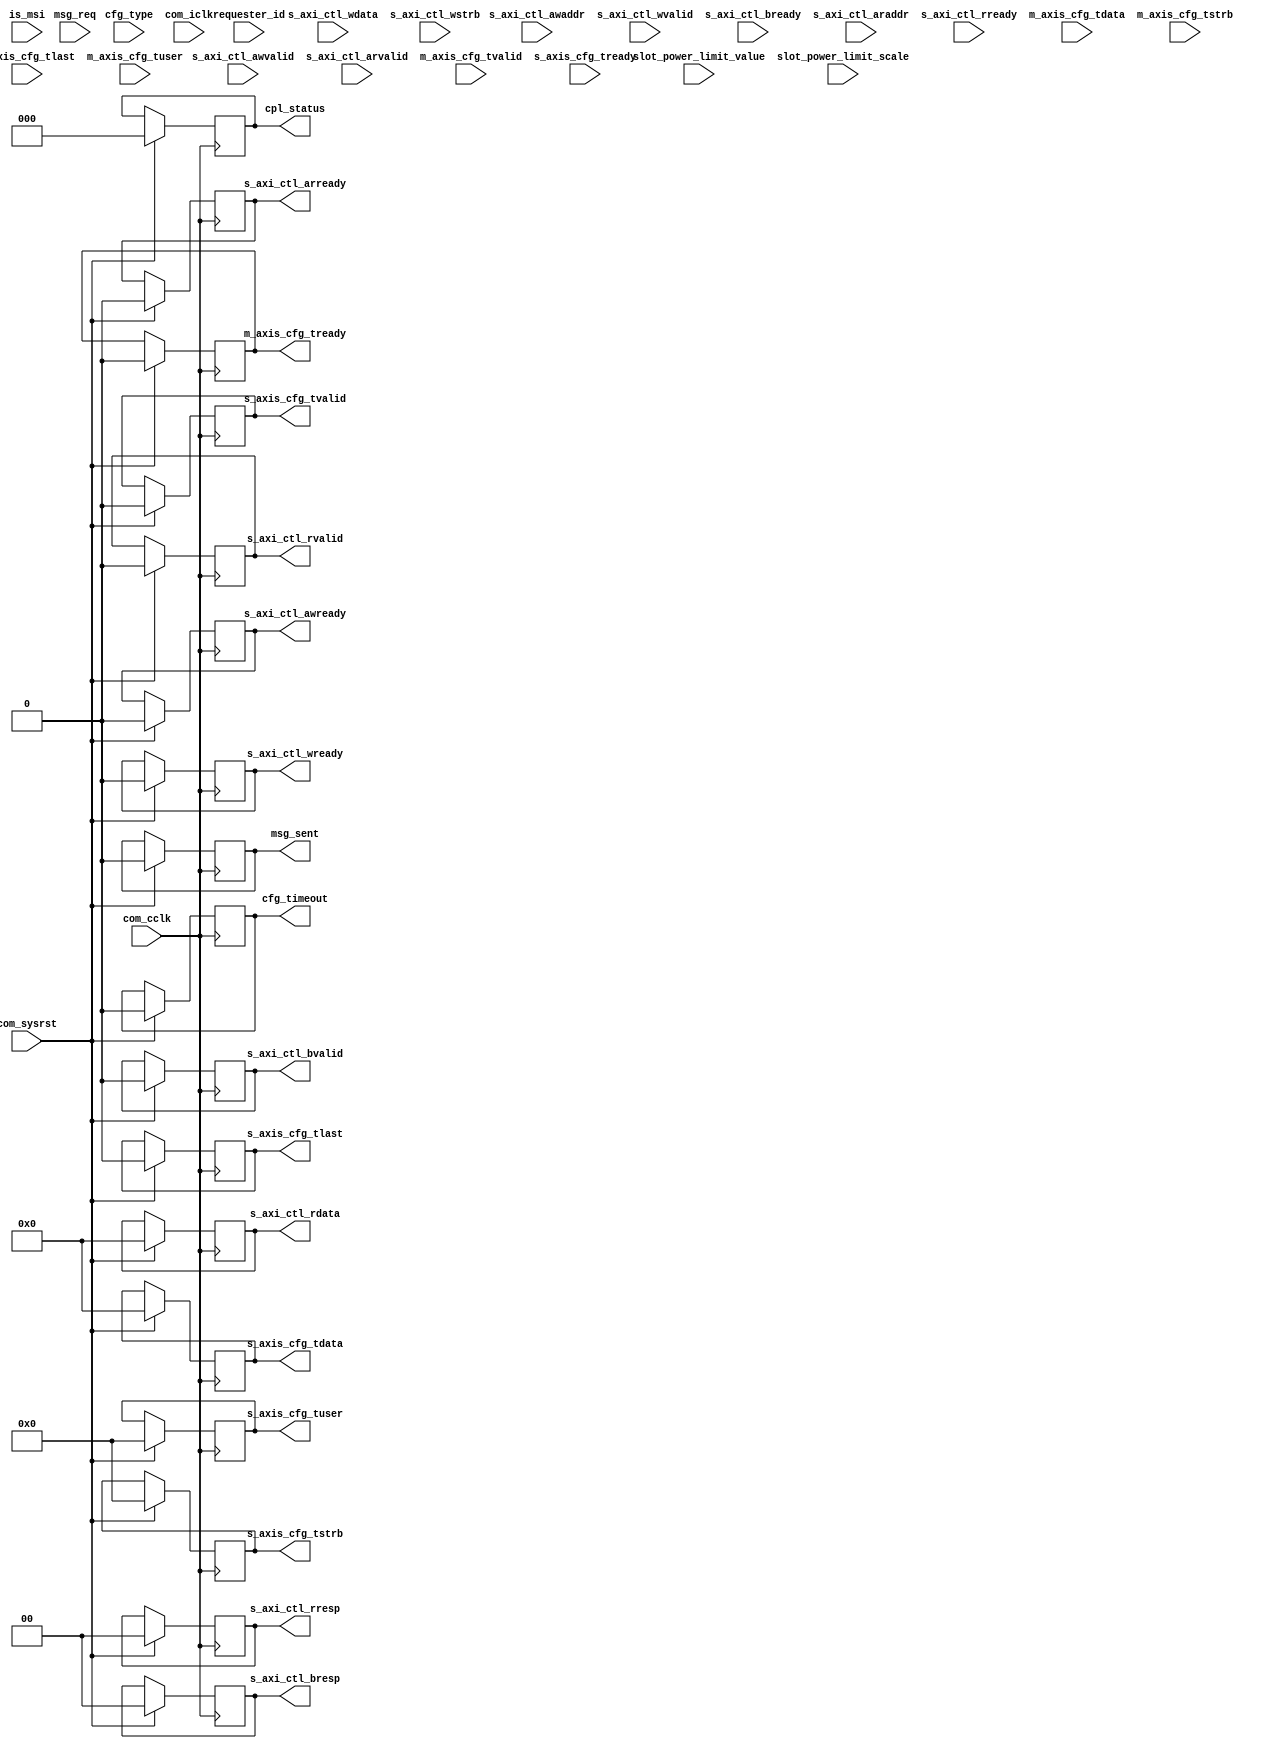
//----------------------------------------------------------------------------//
//                                                                            //
//  Description:                                                              //
//                                                                            //
//                                                                            //
//  Notes:                                                                    //
//  Optional notes section.                                                   //
//                                                                            //
//  Hierarchical:                                                             //
//    axi_enhanced_cfg                                                        //
//    axi_enhanced_cfg_gen_sink                                               //
//                                                                            //
//----------------------------------------------------------------------------//

`timescale 1ps/1ps

module axi_pcie_v1_08_a_axi_enhanced_cfg_gen_sink #(
  parameter C_DATA_WIDTH = 32,                       // AXI-S Interface Data Width
  parameter C_FAMILY = "X7",                         // Targeted FPGA family
  parameter C_ROOT_PORT = "FALSE",                   // PCIe block is in root port mode
  parameter C_COMP_TIMEOUT = 1'b0,                   // Configuration Completion Timeout Value 'b0 = 50us
                                                     // where 'b1 = 50ms
  parameter TCQ = 1,                                 // Clock-to-Q delay
  // Do not override parameters below this line
  parameter REM_WIDTH  = (C_DATA_WIDTH == 128) ? 2 : 1, // trem/rrem width
  parameter RBAR_WIDTH = (C_FAMILY == "X7") ? 8 : 7,    // trn_rbar_hit width
  parameter STRB_WIDTH = C_DATA_WIDTH / 8               // TSTRB width
  ) (
  
  //--------------------------------------------//
  // AXI-Lite Interface                         //
  //--------------------------------------------//

  // AXI-Lite Write Address Channel
  input [31:0]               s_axi_ctl_awaddr,       // AXI Lite Write Address
  input                      s_axi_ctl_awvalid,      // AXI Lite Write Address Valid
  output reg                 s_axi_ctl_awready,      // AXI Lite Write Address Core ready

  // AXI-Lite Write Data Channel
  input [31:0]               s_axi_ctl_wdata,        // AXI Lite Write Data
  input [3:0]                s_axi_ctl_wstrb,        // AXI Lite Write Data strobe
  input                      s_axi_ctl_wvalid,       // AXI Lite Write Data Valid
  output reg                 s_axi_ctl_wready,       // AXI Lite Write Data Core ready

  // AXI-Lite Write Response Channel
  output reg [1:0]           s_axi_ctl_bresp,        // AXI Lite Write Data strobe
  output reg                 s_axi_ctl_bvalid,       // AXI Lite Write Data Valid
  input                      s_axi_ctl_bready,       // AXI Lite Write Data Core ready

  // AXI-Lite Read Address Channel
  input [31:0]               s_axi_ctl_araddr,       // AXI Lite Read Address
  input                      s_axi_ctl_arvalid,      // AXI Lite Read Address Valid
  output reg                 s_axi_ctl_arready,      // AXI Lite Read Address Core ready

  // AXI-Lite Read Data Channel
  output reg [31:0]          s_axi_ctl_rdata,        // AXI Lite Read Data
  output reg [1:0]           s_axi_ctl_rresp,        // AXI Lite Read Data strobe
  output reg                 s_axi_ctl_rvalid,       // AXI Lite Read Data Valid
  input                      s_axi_ctl_rready,       // AXI Lite Read Data Core ready

  //--------------------------------------------//
  // AXI-S Interface from RX Module             //
  //--------------------------------------------//
  input [C_DATA_WIDTH-1:0]   m_axis_cfg_tdata,       // AXI-S Data from RX module
  input                      m_axis_cfg_tvalid,      // Data is valid
  output reg                 m_axis_cfg_tready,      // Data Ready
  input [STRB_WIDTH-1:0]     m_axis_cfg_tstrb,       // Strobe byte enables
  input                      m_axis_cfg_tlast,       // Data Last
  input [21:0]               m_axis_cfg_tuser,       // AXI-S User Signals
  
  //--------------------------------------------//
  // AXI-S Interface to TX Module               //
  //--------------------------------------------//
  output reg [C_DATA_WIDTH-1:0] s_axis_cfg_tdata,       // AXI-S Data from RX module
  output reg                    s_axis_cfg_tvalid,      // Data is valid
  input                         s_axis_cfg_tready,      // Data Ready
  output reg [STRB_WIDTH-1:0]   s_axis_cfg_tstrb,       // Strobe byte enables
  output reg                    s_axis_cfg_tlast,       // Data Last
  output reg [3:0]              s_axis_cfg_tuser,       // AXI-S User Signals
 
  //--------------------------------------------//
  // Control Channel side-band signals          //
  //--------------------------------------------//
  input                      cfg_type,               // Configuration Type (0/1)
  input [15:0]               requester_id,           // Requester ID
  input                      is_msi,                 // MSI Interrupt
  input                      msg_req,                  // Message Request
  output reg                 msg_sent,                 // Acknowledgement for MsgD (Slot_Power_Limit Msg TLP)
  input [7:0]                slot_power_limit_value,   // Slot Power Limit Value fatched from Slot Cap Register
  input [1:0]                slot_power_limit_scale,   // Slot Power Limit Scale fatched from Slot Cap Register
  output reg [2:0]           cpl_status,             // Completion Status
  output reg                 cfg_timeout,            // Configuration Transaction Timeout
  //--------------------------------------------//
  // System I/Os                                //
  //--------------------------------------------//
  input                      com_sysrst,             // Reset Signal for the core
  input                      com_iclk,               // Interface Clock
  input                      com_cclk                // AXI Lite Clock
  );

  // wires
  wire [31:0]                rcvd_data_payload;      // Data Payload 1DW
  
  // internal registers
  reg                        request_in_progress;   // Request in progress flag
  reg                        rd_wr_bar_pending;     // Read/Write Bar
  reg [2:0]                  cpl_status_q;          // Completion status internal register
  reg [2:0]                  unique_id;             // Unique ID for Config TLP
  wire [2:0]                 cpl_unique_id;         // Unique ID retrieved from Config TLP
  reg [2:0]                  cpl_unique_id_d;       // Delayed version of Cpl unique ID
  reg                        sof_d;                 // Delayed Verion of sof

  // Configuration completion Timeout Timer
  integer                    timer_value;
  wire [31:0]                cpl_timeout_value;

  generate
  
  if(C_ROOT_PORT == "TRUE") begin : root_port
  
    assign cpl_timeout_value = (C_COMP_TIMEOUT == 1'b0) ? 32'd6250 : 32'd6250000;
  
    // Configuration completion timeout mechanism
    // Starts the timer once Config Rd/Wr TLP is fully received by the TX block for transmission
    // Assertion of cfg_timeout value in case of timeout will be of one cycle duration
    // Timer is for configuration requests _only_ and will not start for Message TLP transmission
    always@(posedge com_cclk)
    begin
      if(com_sysrst) begin
        timer_value                       <= #TCQ 32'b0;
        cfg_timeout                       <= #TCQ 1'b0;
      end
      else begin
        // configuration transaction timeout indication
        if(timer_value == cpl_timeout_value) begin
          cfg_timeout                     <= #TCQ 1'b1;
          timer_value                     <= #TCQ 32'b0; // Roll-over to 0 after timeout
        end
        // start the counter once it gets ready acknowledge from CFG interface for the request
        if(s_axis_cfg_tvalid && s_axis_cfg_tlast && s_axis_cfg_tready && (!msg_req)) begin
          timer_value                     <= #TCQ 32'b1; // Act as a trigger to start the timer
          cfg_timeout                     <= #TCQ 1'b0;
        end
        // Increment counter if request is in progress else reset it
        if(request_in_progress) begin
          if (timer_value != 'b0) begin
            timer_value                   <= #TCQ timer_value + 1'b1;
          end
          // Reset the cfg_timeout once acknowledged
          if((s_axi_ctl_bvalid && s_axi_ctl_bready) || (s_axi_ctl_rvalid && s_axi_ctl_rready)) begin
            cfg_timeout                     <= #TCQ 'b0;
          end
        end
        // IDLE state
        else begin
          timer_value                     <= #TCQ 'b0;
        end
      end
    end

    always@(posedge com_cclk)
    begin
      if(com_sysrst) begin
        s_axi_ctl_awready                 <= #TCQ 1'b0;
        s_axi_ctl_wready                  <= #TCQ 1'b0;
        s_axi_ctl_bvalid                  <= #TCQ 1'b0;
        s_axi_ctl_bresp                   <= #TCQ 2'b0;
        s_axi_ctl_arready                 <= #TCQ 1'b0;
        s_axi_ctl_rdata                   <= #TCQ 32'b0;
        s_axi_ctl_rvalid                  <= #TCQ 1'b0;
        s_axi_ctl_rresp                   <= #TCQ 2'b0;
        request_in_progress               <= #TCQ 1'b0;
        cpl_status                        <= #TCQ 'b0;
        msg_sent                          <= #TCQ 'b0;
      end
      else begin
        if(s_axi_ctl_awvalid && (!request_in_progress)) begin // Write Request
          s_axi_ctl_awready               <= #TCQ 1'b1;
          s_axi_ctl_wready                <= #TCQ 1'b1;
          request_in_progress             <= #TCQ 1'b1;
        end
        else if(s_axi_ctl_arvalid && (!request_in_progress)) begin // Read Request
          s_axi_ctl_arready               <= #TCQ 1'b1;
          request_in_progress             <= #TCQ 1'b1;
        end
        // Assert *ready signals for one clock cycle only
        if(s_axi_ctl_awready || s_axi_ctl_arready) begin
          s_axi_ctl_awready               <= #TCQ 1'b0;
          s_axi_ctl_wready                <= #TCQ 1'b0;
          s_axi_ctl_arready               <= #TCQ 1'b0;
        end
        
        // De-assert valid and request in progress flag once you get ready from user side
        if(s_axi_ctl_bvalid && s_axi_ctl_bready) begin
          s_axi_ctl_bvalid                <= #TCQ 1'b0;
          request_in_progress             <= #TCQ 1'b0;
          cpl_status                      <= #TCQ 'b0;
          msg_sent                        <= #TCQ 'b0;
          s_axi_ctl_bresp                 <= #TCQ 'b0;
        end
        if(s_axi_ctl_rvalid && s_axi_ctl_rready) begin
          s_axi_ctl_rvalid                <= #TCQ 1'b0;
          request_in_progress             <= #TCQ 1'b0;
          cpl_status                      <= #TCQ 'b0;
          s_axi_ctl_rresp                 <= #TCQ 'b0;
        end

        // Slot Power Limit TLP Tx request
        if(msg_req) begin 
          if(s_axis_cfg_tvalid && s_axis_cfg_tlast && s_axis_cfg_tready) begin
            s_axi_ctl_bvalid              <= #TCQ 1'b1;
            s_axi_ctl_bresp               <= #TCQ 2'b00;
            msg_sent                      <= #TCQ 'b1;
          end
        end
        // Config request
        else begin
          // Give SLVERR response if Config Timout happens
          if(timer_value == cpl_timeout_value) begin
            if(rd_wr_bar_pending) begin // read pending
              s_axi_ctl_rdata             <= #TCQ 'b0;
              s_axi_ctl_rvalid            <= #TCQ 1'b1;
              s_axi_ctl_rresp             <= #TCQ 2'b10; // SLVERR
            end
            else begin // write pending
              s_axi_ctl_bvalid            <= #TCQ 1'b1;
              s_axi_ctl_bresp             <= #TCQ 2'b10; // SLVERR
            end
          end
          else begin
            if(m_axis_cfg_tlast && m_axis_cfg_tvalid && m_axis_cfg_tready && (!is_msi) && 
                                                         (cpl_unique_id == unique_id - 3'b001)) begin
              // Drive Read response channel
              if(rd_wr_bar_pending) begin // read pending
                s_axi_ctl_rdata           <= #TCQ {rcvd_data_payload[7:0],rcvd_data_payload[15:8],
                                                   rcvd_data_payload[23:16],rcvd_data_payload[31:24]};
                s_axi_ctl_rvalid          <= #TCQ 1'b1;
                if(cpl_status_q == 3'b000) begin // Successfull Completion
                  s_axi_ctl_rresp         <= #TCQ 2'b00;
                end
                else begin // SLVERR
                  s_axi_ctl_rresp         <= #TCQ 2'b10;
                end
              end
              else begin // write pending
                // Drive Write response channel
                s_axi_ctl_bvalid          <= #TCQ 1'b1;
                if(cpl_status_q == 3'b000) begin // Successfull Completion
                  s_axi_ctl_bresp         <= #TCQ 2'b00;
                end
                else begin // SLVERR
                  s_axi_ctl_bresp         <= #TCQ 2'b10;
                end
              end
              // Drive completion status output pin
              cpl_status                  <= #TCQ cpl_status_q;
            end
          end
          // Purge the stale completions
        end
      end
    end

    if(C_DATA_WIDTH == 128) begin: rp_128_bit_intf
    reg                      unaligned_cpl_rcvd;    // Flag to indicate the unaligned TLP start
    
      // Capture the Data Payload (if any) and unique ID from Cpl[D] TLP
      // TLP can start unaligned and in this case the valid payload will be in location of m_axis_cfg_tdata[63:32]
      assign rcvd_data_payload = (m_axis_cfg_tstrb == 16'hFFFF) ? m_axis_cfg_tdata[127:96] :
                               (m_axis_cfg_tuser[21:17] == 5'b10011) ? m_axis_cfg_tdata[31:0] : m_axis_cfg_tdata[63:32];

      // capture unique ID from received Completion TLP
      assign cpl_unique_id     = (m_axis_cfg_tvalid && (m_axis_cfg_tuser[14:10] == 5'b10000)) ?
                                                                              m_axis_cfg_tdata[74:72] : cpl_unique_id_d;
      // In 128-bit Mode: CfgRd, CfgWr or Msg TLP will be sent on single clock cycle
      //                  Cpl or CplD for Cfg requests will be received on a single clock cycle
      always @(posedge com_iclk) begin
        if(com_sysrst) begin
          // reset AXI-S TX Interface signals
          s_axis_cfg_tdata              <= #TCQ 128'b0;
          s_axis_cfg_tvalid             <= #TCQ 1'b0;
          s_axis_cfg_tlast              <= #TCQ 1'b0;
          s_axis_cfg_tstrb              <= #TCQ 16'h0000;
          s_axis_cfg_tuser              <= #TCQ 4'b0;
          rd_wr_bar_pending             <= #TCQ 1'b0;
          m_axis_cfg_tready             <= #TCQ 1'b0;
          cpl_status_q                  <= #TCQ 3'b000;
          unique_id                     <= #TCQ 'b0;
          cpl_unique_id_d               <= #TCQ 'b0; 
          unaligned_cpl_rcvd            <= #TCQ 1'b0;
          sof_d                         <= #TCQ 'b0;
        end
        else begin
          if(s_axi_ctl_awvalid && s_axi_ctl_awready ) begin // Write Operation
            // Slot Power Limit Message TLP Tx request
            if(msg_req) begin
              s_axis_cfg_tdata  <= #TCQ {32'h0000_0000,// reserved field
                                    32'h0000_0000,     // Reserved field
                                    requester_id,      // Requester ID
                                    8'b0000_0000,      // TAG Field
                                    8'b01010000,       // Message Code
                                    3'b011,            // Packet Format
                                    5'b10100,          // Packet Type
                                    1'b0,              // Reserved
                                    3'b000,            // TC tied to '0'
                                    1'b0,              // Reserved
                                    1'b0,              // IDO bit. Hardwired to '0'
                                    1'b0,              // Reserved
                                    1'b0,              // TH bit. Hardwired to '0'
                                    1'b0,              // TD bit. Hardwired to '0'
                                    1'b0,              // Error Poisoned TLP bit Hardwired to '0'
                                    2'b00,             // RO and No-Snoop attribute is tied to '0'
                                    2'b00,             // AT field Tied to '0'
                                    10'b00_0000_001    // Data Payload Length
                                   };

              s_axis_cfg_tvalid         <= #TCQ 1'b1;
              s_axis_cfg_tlast          <= #TCQ 1'b0;
              s_axis_cfg_tstrb          <= #TCQ 16'hFFFF;
              rd_wr_bar_pending         <= #TCQ 1'b0;
            end
            // CfgWr TLP to AXI-S interface
            else begin
              s_axis_cfg_tdata  <= #TCQ {s_axi_ctl_wdata[7:0],// Data Payload[7:0]
                                    s_axi_ctl_wdata[15:8],   // Data Payload[15:8]
                                    s_axi_ctl_wdata[23:16],  // Data Payload[23:16]
                                    s_axi_ctl_wdata[31:24],  // Data Payload[31:24]
                                    s_axi_ctl_awaddr[27:20], // Bus number
                                    s_axi_ctl_awaddr[19:15], // Device number
                                    s_axi_ctl_awaddr[14:12], // Function number
                                    4'b0000,                 // Reserved field
                                    s_axi_ctl_awaddr[11:0], // Ext. reg number, Reg number, Byte address field
                                    requester_id,      // Requester ID
                                    5'b0000_0,         // TAG Field [8:3]
                                    unique_id,         // TAG Field [2:0] used for correct Cpl indentification
                                    4'b0000,           // Last DW byte enable. Hardwired to '0'
                                    s_axi_ctl_wstrb,   // First DW byte enable
                                    3'b010,            // Packet Format
                                    4'b0010,           // Packet Type [4:1]
                                    cfg_type,          // Packet Type [0]
                                    1'b0,              // Reserved
                                    3'b000,            // TC tied to '0'
                                    1'b0,              // Reserved
                                    1'b0,              // IDO bit. Hardwired to '0'
                                    1'b0,              // Reserved
                                    1'b0,              // TH bit. Hardwired to '0'
                                    1'b0,              // TD bit. Hardwired to '0'
                                    1'b0,              // Error Poisoned TLP bit Hardwired to '0'
                                    2'b00,             // RO and No-Snoop attribute is tied to '0'
                                    2'b00,             // AT field Tied to '0'
                                    10'b00_0000_001    // Data Payload Length
                                   };

              s_axis_cfg_tvalid         <= #TCQ 1'b1;
              s_axis_cfg_tlast          <= #TCQ 1'b1;
              s_axis_cfg_tstrb          <= #TCQ 16'hFFFF;
              rd_wr_bar_pending         <= #TCQ 1'b0;
              unique_id                 <= #TCQ unique_id + 1'b1;
            end
          end
          else if(s_axi_ctl_arvalid && s_axi_ctl_arready) begin // Read Operation
            // CfgRd TLP to AXI-S Interface
            s_axis_cfg_tdata  <= #TCQ {32'h0000_0000,     // Hardwired to '0' for CfgRd Request
                                  s_axi_ctl_araddr[27:20], // Bus number
                                  s_axi_ctl_araddr[19:15], // Device number
                                  s_axi_ctl_araddr[14:12], // Function number
                                  4'b0000,                 // Reserved field
                                  s_axi_ctl_araddr[11:0], // Ext. reg number, Reg number, Byte address field
                                  requester_id,      // Requester ID
                                  5'b0000_0,         // TAG Field [8:3]
                                  unique_id,         // TAG Field [2:0] used for correct Cpl indentification
                                  4'b0000,           // Last DW byte enable. Hardwired to '0'
                                  4'b1111,           // First DW byte enable
                                  3'b000,            // Packet Format
                                  4'b0010,           // Packet Type [4:1]
                                  cfg_type,          // Packet Type [0]
                                  1'b0,              // Reserved
                                  3'b000,            // TC tied to '0'
                                  1'b0,              // Reserved
                                  1'b0,              // IDO bit. Hardwired to '0'
                                  1'b0,              // Reserved
                                  1'b0,              // TH bit. Hardwired to '0'
                                  1'b0,              // TD bit. Hardwired to '0'
                                  1'b0,              // Error Poisoned TLP bit Hardwired to '0'
                                  2'b00,             // RO and No-Snoop attribute is tied to '0'
                                  2'b00,             // AT field Tied to '0'
                                  10'b00_0000_001    // Data Payload Length
                                 };
            s_axis_cfg_tvalid           <= #TCQ 1'b1;
            s_axis_cfg_tlast            <= #TCQ 1'b1;
            s_axis_cfg_tstrb            <= #TCQ 16'h0FFF;
            rd_wr_bar_pending           <= #TCQ 1'b1;
            unique_id                   <= #TCQ unique_id + 1'b1;
          end
          // Transmit second beat of Slot_Power_Limit Msg TLP
          if(s_axis_cfg_tvalid && s_axis_cfg_tready && msg_req) begin
            s_axis_cfg_tdata  <= #TCQ {32'h0000_0000,      // reserved field
                                    32'h0000_0000,         // reserved field
                                    32'h0000_0000,         // reserved field
                                    slot_power_limit_value,// Slot Power Limit Value
                                    6'b0,                  // Reserved field
                                    slot_power_limit_scale,// Slot Power Limit Scale
                                    16'b0                  // reserved field
                                   };

              s_axis_cfg_tvalid         <= #TCQ 1'b1;
              s_axis_cfg_tlast          <= #TCQ 1'b1;
              s_axis_cfg_tstrb          <= #TCQ 16'h000F;
              rd_wr_bar_pending         <= #TCQ 1'b0;
          end
          // De-assert tvalid, tstrobe and tlast signal of AXI-S TX interface after getting tready
          if(s_axis_cfg_tready && s_axis_cfg_tlast) begin
            s_axis_cfg_tvalid           <= #TCQ 1'b0;
            s_axis_cfg_tstrb            <= #TCQ 16'h0000;
            s_axis_cfg_tlast            <= #TCQ 1'b0;
          end
          
          if(m_axis_cfg_tvalid) begin // Received Completion for the request
            m_axis_cfg_tready           <= #TCQ 1'b1;
          end
          // Need to handle unaligned TLP start as well
          // De-assert tready of AXI-S RX interface
          if(m_axis_cfg_tready && m_axis_cfg_tlast) begin
            m_axis_cfg_tready           <= #TCQ 1'b0;
            // Purge the stale completion TLPs
            if(cpl_unique_id == (unique_id - 3'b001)) begin
              rd_wr_bar_pending         <= #TCQ 1'b0;
            end
          end
          
          // H1 contains completion status at its [15:13] location
          // H2 contains TAG field at its [15:8] location
          if(m_axis_cfg_tvalid && (m_axis_cfg_tuser[14:10] == 5'b10000)) begin // Aligned TLP received
            cpl_status_q                <= #TCQ m_axis_cfg_tdata[47:45];  // -- H2 H1 H0
                                                                          // D0 H2 H1 H0
            cpl_unique_id_d             <= #TCQ m_axis_cfg_tdata[74:72];
            unaligned_cpl_rcvd          <= #TCQ 1'b0;
          end
          else if(m_axis_cfg_tvalid && (m_axis_cfg_tuser[14:10] == 5'b11000)) begin // Un-Aligned TLP case
            cpl_status_q                <= #TCQ m_axis_cfg_tdata[111:109]; // H1 H0 XX XX
            unaligned_cpl_rcvd          <= #TCQ 1'b1;
          end
          if(m_axis_cfg_tvalid && unaligned_cpl_rcvd && (m_axis_cfg_tuser[21] == 1'b1)) begin // EOF at DW0/DW1
            cpl_unique_id_d               <= #TCQ m_axis_cfg_tdata[10:8];  // H2 at DW0 location
          end
            // Hold state
        end
        
      end //end always
      
    end // rp_128_bit_intf
    else if( C_DATA_WIDTH == 64) begin : rp_64_bit_intf
    // Register Address and Data to be transmitted on the last beat in 64-bit mode
    reg [31:0]                 s_axi_ctl_awaddr_d;
    reg [31:0]                 s_axi_ctl_wdata_d;
    reg [31:0]                 s_axi_ctl_araddr_d;
    reg [1:0]                  msg_beat_number;
    
      // Capture the Data Payload (if any) and unique ID from Cpl[D] TLP
      assign rcvd_data_payload = (m_axis_cfg_tstrb == 8'hFF) ? m_axis_cfg_tdata[63:32] : m_axis_cfg_tdata[31:0];

      // capture unique ID from received Completion TLP
      assign cpl_unique_id = (m_axis_cfg_tvalid && (!m_axis_cfg_tuser[14] && sof_d)) ?
                                                                               m_axis_cfg_tdata[10:8] : cpl_unique_id_d;
      // In 64-bit Mode: CfgRd, CfgWr or Msg TLP will be sent on two clock cycles
      //                 Cpl or CplD for Cfg requests will be received on two clock cycles
      always @(posedge com_iclk) begin
        if(com_sysrst) begin
          // reset AXI-S TX Interface signals
          s_axis_cfg_tdata              <= #TCQ 64'b0;
          s_axis_cfg_tvalid             <= #TCQ 1'b0;
          s_axis_cfg_tlast              <= #TCQ 1'b0;
          s_axis_cfg_tstrb              <= #TCQ 8'h00;
          s_axis_cfg_tuser              <= #TCQ 4'b0;
          rd_wr_bar_pending             <= #TCQ 1'b0;
          m_axis_cfg_tready             <= #TCQ 1'b0;
          cpl_status_q                  <= #TCQ 3'b000;
          unique_id                     <= #TCQ 'b0;
          cpl_unique_id_d               <= #TCQ 'b0;
          sof_d                         <= #TCQ 'b0;
          s_axi_ctl_awaddr_d            <= #TCQ 32'b0;
          s_axi_ctl_wdata_d             <= #TCQ 32'b0;
          s_axi_ctl_araddr_d            <= #TCQ 32'b0;
          msg_beat_number               <= #TCQ 2'b00;
        end
        else begin
          if(s_axi_ctl_awvalid && s_axi_ctl_awready) begin // Write Operation
            // Slot Power Limit Message TLP to AXI-S CFG interface
            if(msg_req) begin
              s_axis_cfg_tdata  <= #TCQ {requester_id, // Requester ID
                                    8'b0000_0000,      // TAG Field
                                    8'b01010000,       // Message Code
                                    3'b011,            // Packet Format
                                    5'b10100,          // Packet Type
                                    1'b0,              // Reserved
                                    3'b000,            // TC tied to '0'
                                    1'b0,              // Reserved
                                    1'b0,              // IDO bit. Hardwired to '0'
                                    1'b0,              // Reserved
                                    1'b0,              // TH bit. Hardwired to '0'
                                    1'b0,              // TD bit. Hardwired to '0'
                                    1'b0,              // Error Poisoned TLP bit Hardwired to '0'
                                    2'b00,             // RO and No-Snoop attribute is tied to '0'
                                    2'b00,             // AT field Tied to '0'
                                    10'b00_0000_001    // Data Payload Length
                                   };

              s_axis_cfg_tvalid         <= #TCQ 1'b1;
              s_axis_cfg_tlast          <= #TCQ 1'b0;
              s_axis_cfg_tstrb          <= #TCQ 8'hFF;
              rd_wr_bar_pending         <= #TCQ 1'b0;
              msg_beat_number           <= #TCQ 2'b01;
            end
            // CfgWr TLP to AXI-S CFG interface
            else begin
              s_axis_cfg_tdata  <= #TCQ {requester_id, // Requester ID
                                    5'b0000_0,         // TAG Field [8:3]
                                    unique_id,         // TAG Field [2:0] used for correct Cpl indentification
                                    4'b0000,           // Last DW byte enable. Hardwired to '0'
                                    s_axi_ctl_wstrb,   // First DW byte enable
                                    3'b010,            // Packet Format
                                    4'b0010,           // Packet Type [4:1]
                                    cfg_type,          // Packet Type [0]
                                    1'b0,              // Reserved
                                    3'b000,            // TC tied to '0'
                                    1'b0,              // Reserved
                                    1'b0,              // IDO bit. Hardwired to '0'
                                    1'b0,              // Reserved
                                    1'b0,              // TH bit. Hardwired to '0'
                                    1'b0,              // TD bit. Hardwired to '0'
                                    1'b0,              // Error Poisoned TLP bit Hardwired to '0'
                                    2'b00,             // RO and No-Snoop attribute is tied to '0'
                                    2'b00,             // AT field Tied to '0'
                                    10'b00_0000_001    // Data Payload Length
                                   };

              s_axis_cfg_tvalid         <= #TCQ 1'b1;
              s_axis_cfg_tlast          <= #TCQ 1'b0;
              s_axis_cfg_tstrb          <= #TCQ 8'hFF;
              rd_wr_bar_pending         <= #TCQ 1'b0;
              s_axi_ctl_wdata_d         <= #TCQ s_axi_ctl_wdata;
              s_axi_ctl_awaddr_d        <= #TCQ s_axi_ctl_awaddr;
              unique_id                 <= #TCQ unique_id + 1'b1;
            end
          end
          else if(s_axi_ctl_arvalid && s_axi_ctl_arready) begin // Read Operation
            // CfgRd TLP to AXI-S Interface
            s_axis_cfg_tdata  <= #TCQ {requester_id, // Requester ID
                                  5'b0000_0,         // TAG Field [8:3]
                                  unique_id,         // TAG Field [2:0] used for correct Cpl indentification
                                  4'b0000,           // Last DW byte enable. Hardwired to '0'
                                  4'b1111,           // First DW byte enable
                                  3'b000,            // Packet Format
                                  4'b0010,           // Packet Type [4:1]
                                  cfg_type,          // Packet Type [0]
                                  1'b0,              // Reserved
                                  3'b000,            // TC tied to '0'
                                  1'b0,              // Reserved
                                  1'b0,              // IDO bit. Hardwired to '0'
                                  1'b0,              // Reserved
                                  1'b0,              // TH bit. Hardwired to '0'
                                  1'b0,              // TD bit. Hardwired to '0'
                                  1'b0,              // Error Poisoned TLP bit Hardwired to '0'
                                  2'b00,             // RO and No-Snoop attribute is tied to '0'
                                  2'b00,             // AT field Tied to '0'
                                  10'b00_0000_001    // Data Payload Length
                                 };
            s_axis_cfg_tvalid           <= #TCQ 1'b1;
            s_axis_cfg_tlast            <= #TCQ 1'b0;
            s_axis_cfg_tstrb            <= #TCQ 8'hFF;
            rd_wr_bar_pending           <= #TCQ 1'b1;
            s_axi_ctl_araddr_d          <= #TCQ s_axi_ctl_araddr;
            unique_id                   <= #TCQ unique_id + 1'b1;
          end
          // Driver logic to transmit another TLP beat (Last Beat)
          if(s_axis_cfg_tready && s_axis_cfg_tvalid) begin // Last TLP Beat transfer
            if(rd_wr_bar_pending) begin // Read Operation
              s_axis_cfg_tdata          <= #TCQ {32'h0000_0000,       // No data for CfgRd TLP
                                                 s_axi_ctl_araddr_d[27:20], // Bus number
                                                 s_axi_ctl_araddr_d[19:15], // Device number
                                                 s_axi_ctl_araddr_d[14:12], // Function number
                                                 4'b0000,                   // Reserved field
                                                 s_axi_ctl_araddr_d[11:0]   // Ext. reg number, Reg number, Byte addr
                                                };
              s_axis_cfg_tlast          <= #TCQ 1'b1;
              s_axis_cfg_tstrb          <= #TCQ 8'h0F;
            end
            else begin // Write Operation
              if(msg_req) begin
                // Transmit second beat of Slot Power Limit Message TLP
                if (msg_beat_number == 2'b01) begin
                  s_axis_cfg_tdata        <= #TCQ {32'h0000_0000,
                                              32'h0000_0000          // Reserved field
                                              };
                  s_axis_cfg_tlast        <= #TCQ 1'b0;
                  s_axis_cfg_tstrb        <= #TCQ 8'hFF;
                  msg_beat_number         <= #TCQ 2'b10;
                end
                // Transmit third beat of Slot Power Limit Message TLP
                else begin
                  s_axis_cfg_tdata        <= #TCQ {32'h0000_0000,
                                              slot_power_limit_value,// Slot Power Limit Value
                                              6'b0,                  // Reserved field
                                              slot_power_limit_scale,// Slot Power Limit Scale
                                              16'b0                  // reserved field
                                              };
                  s_axis_cfg_tlast        <= #TCQ 1'b1;
                  s_axis_cfg_tstrb        <= #TCQ 8'h0F;
                  msg_beat_number         <= #TCQ 2'b00;
                end
              end
              // Transmit second beat of CfgWr TLP
              else begin
                s_axis_cfg_tdata        <= #TCQ {s_axi_ctl_wdata_d[7:0],   // Stored Data Payload[7:0]
                                                 s_axi_ctl_wdata_d[15:8],  // Stored Data Payload[15:8]
                                                 s_axi_ctl_wdata_d[23:16],  // Stored Data Payload[23:16]
                                                 s_axi_ctl_wdata_d[31:24],  // Stored Data Payload[31:24]
                                                 s_axi_ctl_awaddr_d[27:20], // Bus number
                                                 s_axi_ctl_awaddr_d[19:15], // Device number
                                                 s_axi_ctl_awaddr_d[14:12], // Function number
                                                 4'b0000,                   // Reserved field
                                                 s_axi_ctl_awaddr_d[11:0]   // Ext. reg number, Reg number, Byte addr
                                                };
                s_axis_cfg_tlast        <= #TCQ 1'b1;
                s_axis_cfg_tstrb        <= #TCQ 8'hFF;
              end
            end
          end

          // Tie to default values when transfer completes  
          if(s_axis_cfg_tready && s_axis_cfg_tlast) begin
            // De-assert tvalid, tstrobe and tlast signal of AXI-S TX interface
            s_axis_cfg_tvalid           <= #TCQ 1'b0;
            s_axis_cfg_tstrb            <= #TCQ 8'h00;
            s_axis_cfg_tlast            <= #TCQ 1'b0;
          end
          
          if(m_axis_cfg_tvalid) begin // Received Completion for the request
            m_axis_cfg_tready           <= #TCQ 1'b1;
          end
          // De-assert tready of AXI-S RX interface
          if(m_axis_cfg_tready && m_axis_cfg_tlast) begin
            m_axis_cfg_tready           <= #TCQ 1'b0;
            // Compare unique ID of Cpl TLP against the unique ID of the pending request
            if(cpl_unique_id == (unique_id - 3'b001)) begin
              rd_wr_bar_pending         <= #TCQ 1'b0;
            end
          end
          
          // H1 contains completion status at its [15:13] location
          if(m_axis_cfg_tvalid && (m_axis_cfg_tuser[14] == 1'b1)) begin  // SOF of TLP received
            cpl_status_q                <= #TCQ m_axis_cfg_tdata[47:45];   // H1 H0
          end
          else if(m_axis_cfg_tvalid && (!m_axis_cfg_tuser[14] && sof_d)) begin
            cpl_unique_id_d             <= #TCQ m_axis_cfg_tdata[10:8];
          end
            // Hold state
        end
        sof_d                           <= #TCQ m_axis_cfg_tuser[14]; // Delayed version of SOF
      end //end always
      
    end // rp_64_bit_intf
  end // root_port
  else begin : end_point
  
    // Tie to default values for EP cores
    assign cpl_timeout_value          = 32'd0;
    assign cpl_unique_id              = 3'b0;
    assign rcvd_data_payload          = 'b0;

    always@(posedge com_cclk)
    begin
      if(com_sysrst) begin
        timer_value                   <= #TCQ 32'b0;
        cfg_timeout                   <= #TCQ 1'b0;
        s_axi_ctl_awready             <= #TCQ 1'b0;
        s_axi_ctl_wready              <= #TCQ 1'b0;
        s_axi_ctl_bvalid              <= #TCQ 1'b0;
        s_axi_ctl_bresp               <= #TCQ 2'b0;
        s_axi_ctl_arready             <= #TCQ 1'b0;
        s_axi_ctl_rdata               <= #TCQ 32'b0;
        s_axi_ctl_rvalid              <= #TCQ 1'b0;
        s_axi_ctl_rresp               <= #TCQ 2'b0;
        request_in_progress           <= #TCQ 1'b0;
        cpl_status                    <= #TCQ 'b0;
        msg_sent                      <= #TCQ 'b0;
        s_axis_cfg_tdata              <= #TCQ {C_DATA_WIDTH{1'b0}};
        s_axis_cfg_tvalid             <= #TCQ 1'b0;
        s_axis_cfg_tlast              <= #TCQ 1'b0;
        s_axis_cfg_tstrb              <= #TCQ {STRB_WIDTH{1'b0}};
        s_axis_cfg_tuser              <= #TCQ 4'b0;
        rd_wr_bar_pending             <= #TCQ 1'b0;
        m_axis_cfg_tready             <= #TCQ 1'b0;
        cpl_status_q                  <= #TCQ 3'b000;
        unique_id                     <= #TCQ 'b0;
        cpl_unique_id_d               <= #TCQ 'b0;
        sof_d                         <= #TCQ 'b0;
      end
    end
  end // end_point
  endgenerate

endmodule